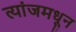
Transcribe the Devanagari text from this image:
त्यांजमधून